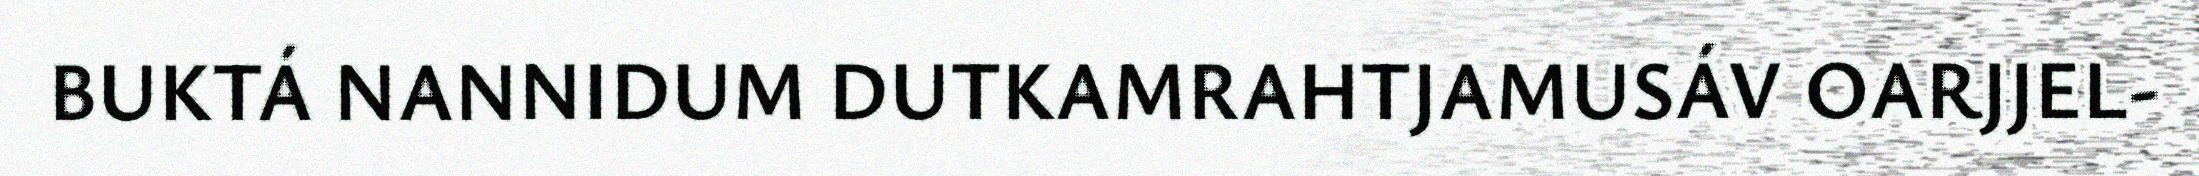
BUKTÁ NANNIDUM DUTKAMRAHTJAMUSÁV OARJJEL-